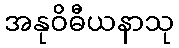
အနုဝိဓီယနာသု